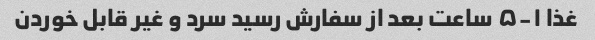
غذا ۱-۵ ساعت بعد از سفارش رسید سرد و غیر قابل خوردن